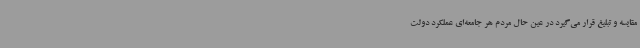
مقایسه و تبلیغ قرار می‌گیرد در عین حال مردم هر جامعه‌ای عملکرد دولت